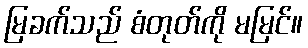
မြခက်သည် စံတုတ်ကို မမြင်။